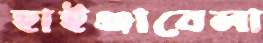
হাইঞ্জাবেলা